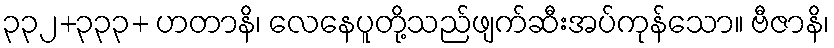
၃၃၂+၃၃၃+ ဟတာနိ၊ လေနေပူတို့သည်ဖျက်ဆီးအပ်ကုန်သော။ ဗီဇာနိ၊